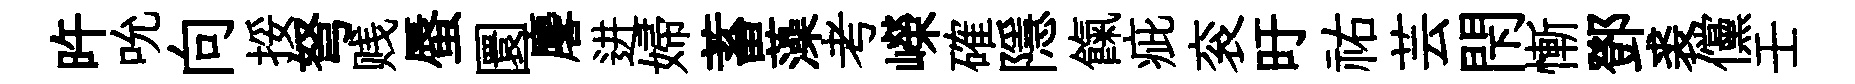
旿吮向挼弩贱蜃圜麐进婦蓄藻考嶸確隱餼疵衮旴祐芸閇慚鄧裘儻壬